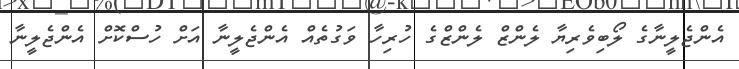
އެންޖެލީނާގެ ލޯބިވެރިޔާ ލެންޒް ލެންޒްގެ ހުރިހާ ވަގުތެއް އެންޖެލީނާ އަށް ހުސްކޮށް އެންޖެލީނާ